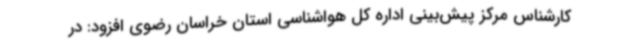
کارشناس مرکز پیش‌بینی اداره کل هواشناسی استان خراسان رضوی افزود: در